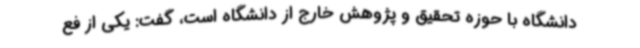
دانشگاه با حوزه تحقیق و پژوهش خارج از دانشگاه است، گفت: یکی از فع